Civil Veterinary Department. United Provinces 1932-42 - 1932-1942
Year: 1932
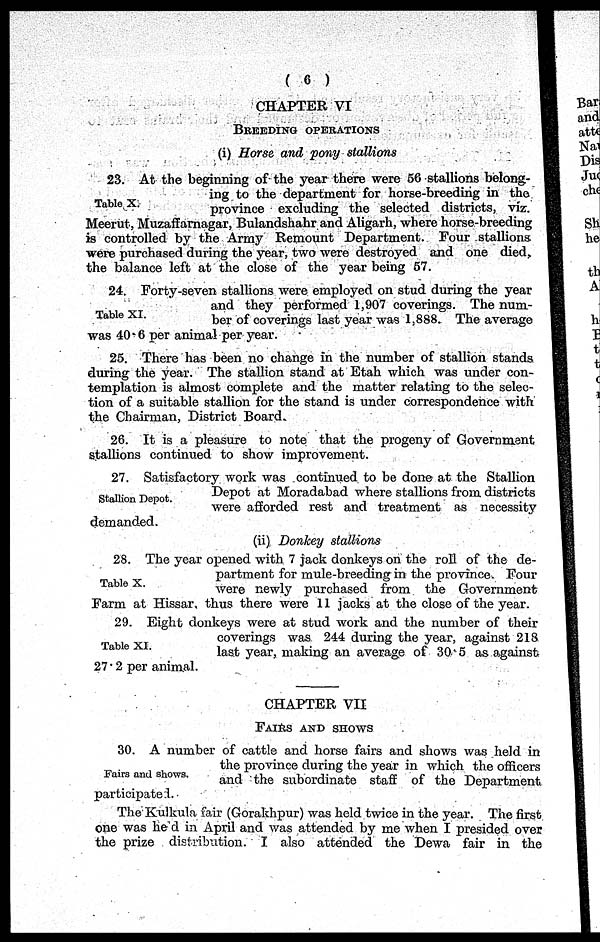
( 6 )
CHAPTER VI
BREEDING OPERATIONS
(i) Horse and pony stallions
Table X.
23. At the beginning of the year there were 56 stallions belong-
ing to the department for horse-breeding in the
province excluding the selected districts, viz.
Meerut, Muzaffarnagar, Bulandshahr and Aligarh, where horse-breeding
is controlled by the Army Remount Department. Four stallions
were purchased during the year, two were destroyed and one died,
the balance left at the close of the year being 57.
Table XI.
24. Forty-seven stallions were employed on stud during the year
and they performed 1,907 coverings. The num-
ber of coverings last year was 1,888. The average
was 40.6 per animal per year.
25. There has been no change in the number of stallion stands
during the year. The stallion stand at Etah which was under con-
templation is almost complete and the matter relating to the selec-
tion of a suitable stallion for the stand is under correspondence with
the Chairman, District Board.
26. It is a pleasure to note that the progeny of Government
stallions continued to show improvement.
Stallion Depot.
27. Satisfactory work was continued to be done at the Stallion
Depot at Moradabad where stallions from districts
were afforded rest and treatment as necessity
demanded.
(ii) Donkey stallions
Table X.
28. The year opened with 7 jack donkeys on the roll of the de-
partment for mule-breeding in the province. Four
were newly purchased from the Government
Farm at Hissar, thus there were 11 jacks at the close of the year.
Table XI.
29. Eight donkeys were at stud work and the number of their
coverings was 244 during the year, against 218
last year, making an average of 30.5 as against
27.2 per animal.
CHAPTER VII
FAIRS AND SHOWS
Fairs and shows.
30. A number of cattle and horse fairs and shows was held in
the province during the year in which the officers
and the subordinate staff of the Department
participated.
The Kulkula fair (Gorakhpur) was held twice in the year. The first
one was held in April and was attended by me when I presided over
the prize distribution. I also attended the Dewa fair in the